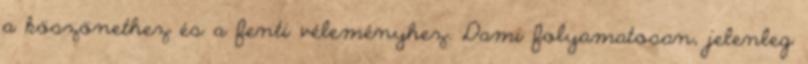
a köszönethez és a fenti véleményhez. Dami folyamatosan, jelenleg